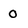
Character: 0